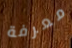
معرفة